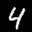
Label: 4